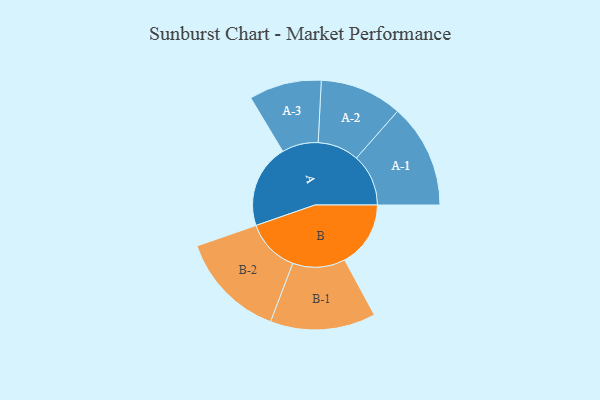
{"axis": {"x": "Segment", "y": "Value"}, "legend": ["", "A", "B"], "data": [{"x": "A", "y": 392, "type": ""}, {"x": "B", "y": 309, "type": ""}, {"x": "A-1", "y": 244, "type": "A"}, {"x": "A-2", "y": 193, "type": "A"}, {"x": "A-3", "y": 170, "type": "A"}, {"x": "B-1", "y": 247, "type": "B"}, {"x": "B-2", "y": 251, "type": "B"}]}